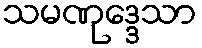
သမဏုဒ္ဒေသာ